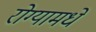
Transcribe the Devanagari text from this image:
रोग्यामधे